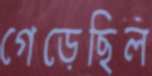
গেড়েছিল